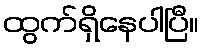
ထွက်ရှိနေပါပြီ။